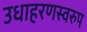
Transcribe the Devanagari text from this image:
उधाहरणस्वरुप